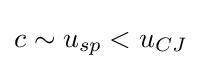
c\sim u_{sp}<u_{CJ}